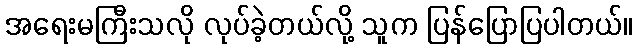
အရေးမကြီးသလို လုပ်ခဲ့တယ်လို့ သူက ပြန်ပြောပြပါတယ်။